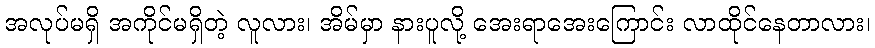
အလုပ်မရှိ အကိုင်မရှိတဲ့ လူလား၊ အိမ်မှာ နားပူလို့ အေးရာအေးကြောင်း လာထိုင်နေတာလား၊